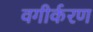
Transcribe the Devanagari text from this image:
वगीर्करण